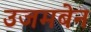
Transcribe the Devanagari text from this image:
उजमबेन